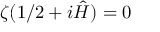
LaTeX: \zeta ( 1 / 2 + i { \hat { H } } ) = 0